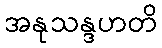
အနုသန္ဒဟတိ